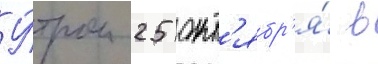
У́тром 25 окт'ябр'я́ в